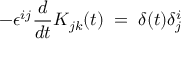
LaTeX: - \epsilon ^ { i j } \frac { d } { d t } K _ { j k } ( t ) \; = \; \delta ( t ) \delta _ { j } ^ { i }